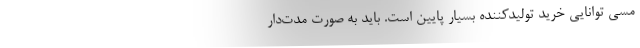
مسی توانایی خرید تولیدکننده بسیار پایین است. باید به صورت مدت‌دار